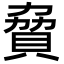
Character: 䝱